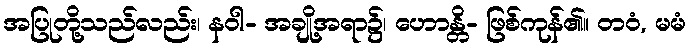
အပြုတို့သည်လည်း၊ နဝါ- အချို့အရာ၌၊ ဟောန္တိ- ဖြစ်ကုန်၏။ တဝံ, မမံ